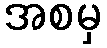
အစမှ